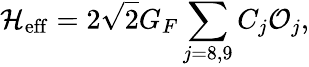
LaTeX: {\cal H}_{\mathrm{eff}}=2\sqrt{2}G_{F}\sum_{j=8,9}C_{j}{\cal O}_{j},